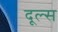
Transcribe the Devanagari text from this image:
दूल्स